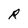
Character: R